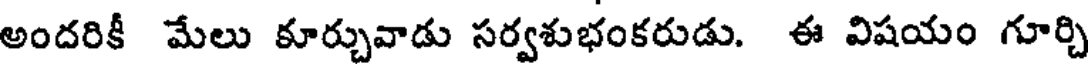
అందరికీ మేలు కూర్చువాడు సర్వశుభంకరుడు. ఈ విషయం గూర్చి